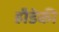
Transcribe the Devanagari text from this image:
हीडेकी